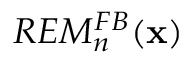
R E M _ { n } ^ { F B } ( { \bf x } )